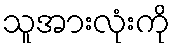
သူအားလုံးကို